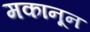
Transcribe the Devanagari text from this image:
मकानून